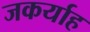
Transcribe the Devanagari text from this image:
जकर्याह